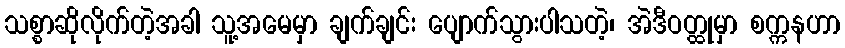
သစ္စာဆိုလိုက်တဲ့အခါ သူ့အမေမှာ ချက်ချင်း ပျောက်သွားပါသတဲ့၊ အဲဒီဝတ္ထုမှာ စက္ကနဟာ